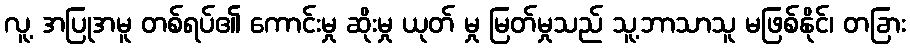
လူ့ အပြုအမူ တစ်ရပ်၏ ကောင်းမှု ဆိုးမှု ယုတ် မှု မြတ်မှုသည် သူ့ဘာသာသူ မဖြစ်နိုင်၊ တခြား